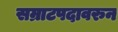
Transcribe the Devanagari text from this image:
सम्राटपदावरुन